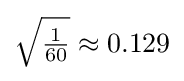
{\sqrt {\tfrac {1}{60}}}\approx 0.129